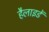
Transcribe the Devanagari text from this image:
हैलाइडें